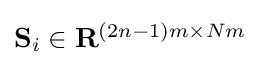
{\textstyle \mathbf {S} _{i}\in \mathbf {R} ^{(2n-1)m\times Nm}}